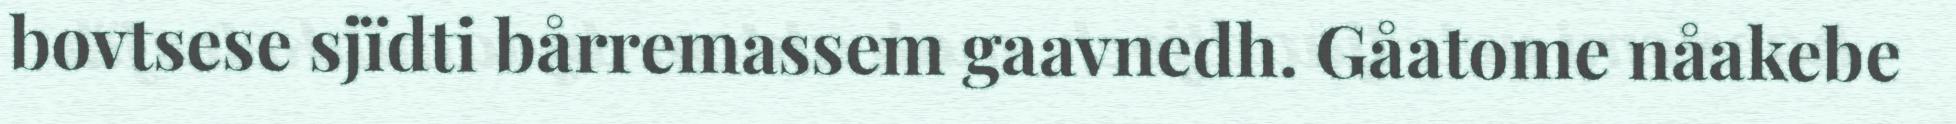
bovtsese sjïdti bårremassem gaavnedh. Gåatome nåakebe